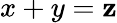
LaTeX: x+y=\mathbf{z}